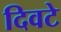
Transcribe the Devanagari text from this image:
दिवटे